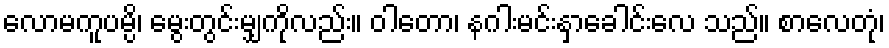
လောမကူပမ္ပိ၊ မွေးတွင်းမျှကိုလည်း။ ဝါတော၊ နဂါးမင်းနှာခေါင်းလေ သည်။ စာလေတုံ၊